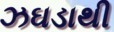
ઝઘડાથી